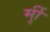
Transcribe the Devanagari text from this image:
र्मुी